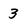
Character: 3